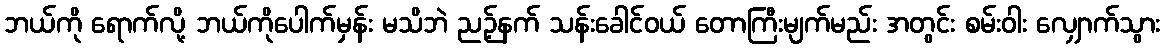
ဘယ်ကို ရောက်လို့ ဘယ်ကိုပေါက်မှန်း မသိဘဲ ညဉ့်နက် သန်းခေါင်ဝယ် တောကြီးမျက်မည်း အတွင်း စမ်းဝါး လျှောက်သွား